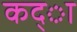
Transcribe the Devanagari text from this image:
कद्ा